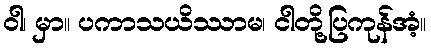
ဝါ၊ မှာ။ ပကာသယိဿာမ၊ ငါတို့ပြကုန်အံ့။